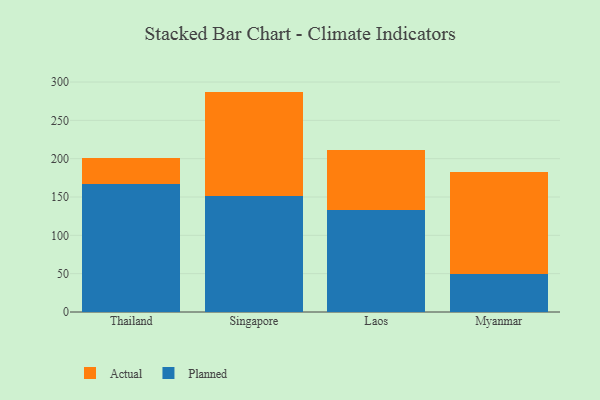
{"axis": {"x": "Country", "y": "Backlog"}, "legend": ["Actual", "Planned"], "data": [{"x": "Thailand", "y": 167.1, "type": "Planned"}, {"x": "Thailand", "y": 33.4, "type": "Actual"}, {"x": "Singapore", "y": 151.1, "type": "Planned"}, {"x": "Singapore", "y": 136.4, "type": "Actual"}, {"x": "Laos", "y": 133.5, "type": "Planned"}, {"x": "Laos", "y": 77.9, "type": "Actual"}, {"x": "Myanmar", "y": 49.4, "type": "Planned"}, {"x": "Myanmar", "y": 133.8, "type": "Actual"}]}